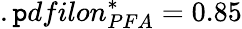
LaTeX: {.\mathtt{p}dfilon_{PFA}^{*}}=0.85